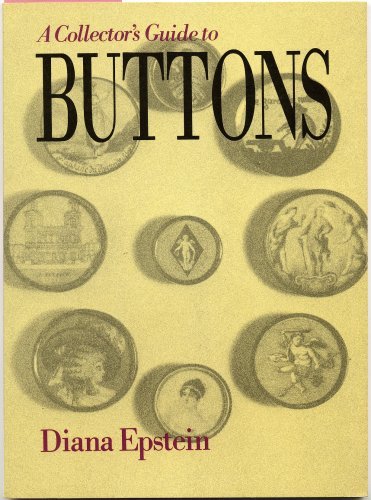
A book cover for The Collector's Guide to Buttons; Diana Epstein; Crafts, Hobbies & Home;